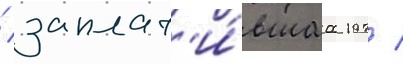
/ заплат'и́вшаа 197 /